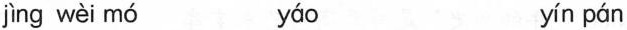
jìng wèi mó yáo yín pán